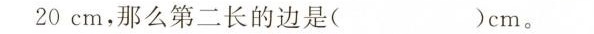
20cm，那么第二长的边是( )cm。